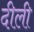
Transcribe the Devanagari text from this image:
दीली